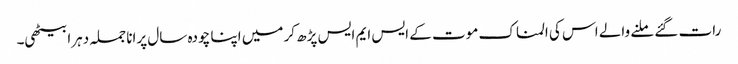
رات گئے ملنے والے اس کی المناک موت کے ایس ایم ایس پڑھ کر میں اپنا چودہ سال پرانا جملہ دہرا بیٹھی۔